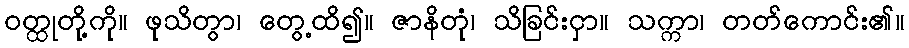
ဝတ္ထုတို့ကို။ ဖုသိတွာ၊ တွေ့ထိ၍။ ဇာနိတုံ၊ သိခြင်းငှာ။ သက္ကာ၊ တတ်ကောင်း၏။